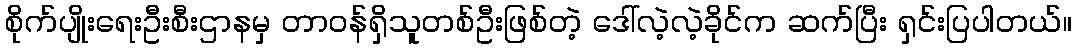
စိုက်ပျိုးရေးဦးစီးဌာနမှ တာဝန်ရှိသူတစ်ဦးဖြစ်တဲ့ ဒေါ်လဲ့လဲ့ခိုင်က ဆက်ပြီး ရှင်းပြပါတယ်။